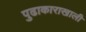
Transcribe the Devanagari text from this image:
पुढाकाराखाली